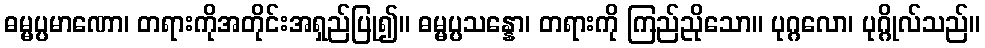
ဓမ္မပ္ပမာဏော၊ တရားကိုအတိုင်းအရှည်ပြု၍။ ဓမ္မပ္ပသန္နော၊ တရားကို ကြည်ညိုသော။ ပုဂ္ဂလော၊ ပုဂ္ဂိုလ်သည်။